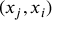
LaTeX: ( x _ { j } , x _ { i } )